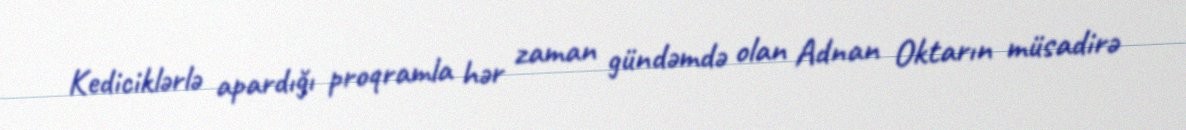
Kediciklərlə apardığı proqramla hər zaman gündəmdə olan Adnan Oktarın müsadirə